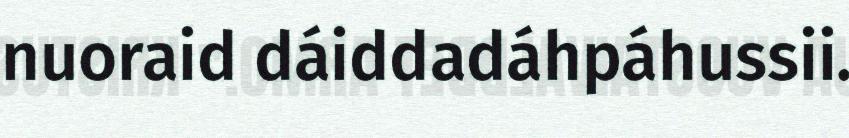
nuoraid dáiddadáhpáhussii.